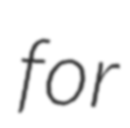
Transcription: for